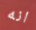
انه